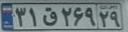
۳۱ق۲۶۹۲۹